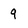
Character: q